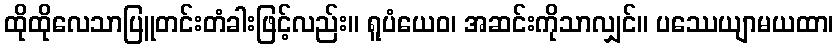
ထိုထိုလေသာပြူတင်းတံခါးဖြင့်လည်း။ ရူပံယေဝ၊ အဆင်းကိုသာလျှင်။ ပဿေယျာမယထာ၊